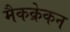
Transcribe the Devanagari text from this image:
मैकक्रेकन